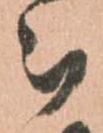
被